Indian journal of veterinary science and animal husbandry - Volumes 15-17, 1948-1951
Year: 1948
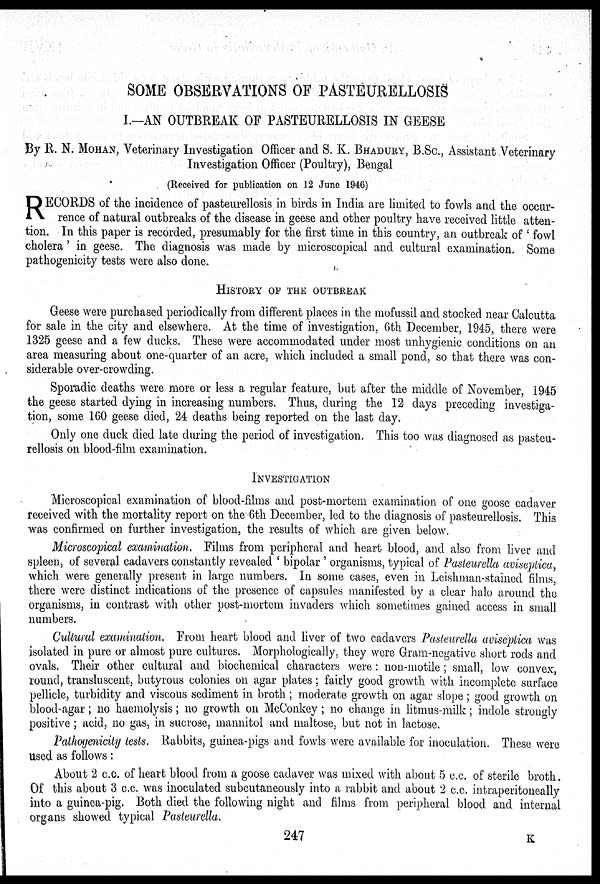
SOME OBSERVATIONS OF PASTEURELLOSIS
I.—AN OUTBREAK OF PASTEURELLOSIS IN GEESE
By R. N. MOHAN, Veterinary Investigation Officer and S. K. BHADURY, B.Sc., Assistant Veterinary
Investigation Officer (Poultry), Bengal
(Received for publication on 12 June 1946)
R ECORDS of the incidence of pasteurellosis in birds in India are limited to fowls and the occur-
rence of natural outbreaks of the disease in geese and other poultry have received little atten-
tion. In this paper is recorded, presumably for the first time in this country, an outbreak of ' fowl
cholera' in geese. The diagnosis was made by microscopical and cultural examination. Some
pathogenicity tests were also done.
HISTORY OF THE OUTBREAK
Geese were purchased periodically from different places in the mofussil and stocked near Calcutta
for sale in the city and elsewhere. At the time of investigation, 6th December, 1945, there were
1325 geese and a few ducks. These were accommodated under most unhygienic conditions on an
area measuring about one-quarter of an acre, which included a small pond, so that there was con-
siderable over-crowding.
Sporadic deaths were more or less a regular feature, but after the middle of November, 1945
the geese started dying in increasing numbers. Thus, during the 12 days preceding investiga-
tion, some 160 geese died, 24 deaths being reported on the last day.
Only one duck died late during the period of investigation. This too was diagnosed as pasteu-
rellosis on blood-film examination.
INVESTIGATION
Microscopical examination of blood-films and post-mortem examination of one goose cadaver
received with the mortality report on the 6th December, led to the diagnosis of pasteurellosis. This
was confirmed on further investigation, the results of which are given below.
Microscopical examination. Films from peripheral and heart blood, and also from liver and
spleen, of several cadavers constantly revealed ' bipolar ' organisms, typical of Pasteurella aviseptica,
which were generally present in large numbers. In some cases, even in Leishman-stained films,
there were distinct indications of the presence of capsules manifested by a clear halo around the
organisms, in contrast with other post-mortem invaders which sometimes gained access in small
numbers.
Cultural examination. From heart blood and liver of two cadavers Pasteurella aviseptica was
isolated in pure or almost pure cultures. Morphologically, they were Gram-negative short rods and
ovals. Their other cultural and biochemical characters were : non-motile ; small, low convex,
round, transluscent, butyrous colonies on agar plates; fairly good growth with incomplete surface
pellicle, turbidity and viscous sediment in broth ; moderate growth on agar slope; good growth on
blood-agar; no haemolysis; no growth on McConkey ; no change in litmus-milk; indole strongly
positive; acid, no gas, in sucrose, mannitol and maltose, but not in lactose,
Pathogenicity tests. Rabbits, guinea-pigs and fowls were available for inoculation. These were
used as follows:
About 2 c.c. of heart blood from a goose cadaver was mixed with about 5 c.c. of sterile broth.
Of this about 3 c.c. was inoculated subcutaneously into a rabbit and about 2 c.c. intraperitoneally
into a guinea-pig. Both died the following night and films from peripheral blood and internal
organs showed typical Pasteurella.
247
K